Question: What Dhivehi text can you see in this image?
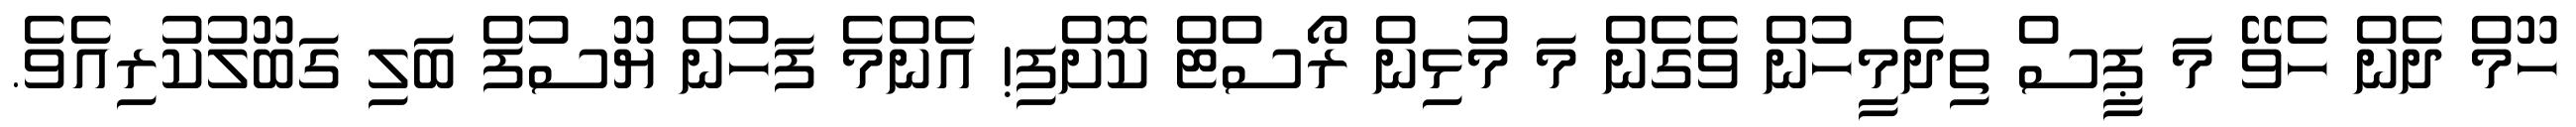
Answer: ހޫމް ދެން ހެވޭ މަ ޕީސް ތިދެމީހުން ވެގެން މަ މުޅިން ރޯސްޓް ކޮށްފި! އެންމެ ފަހުން ޔޫސުފް ބަލި ގަބޫލުކުރިއެވެ.